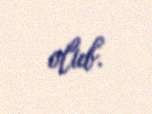
olub.